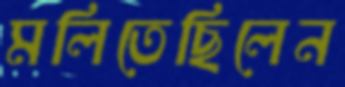
মলিতেছিলেন